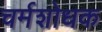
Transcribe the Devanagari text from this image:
चर्मशोधक